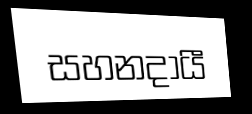
සහනදායී